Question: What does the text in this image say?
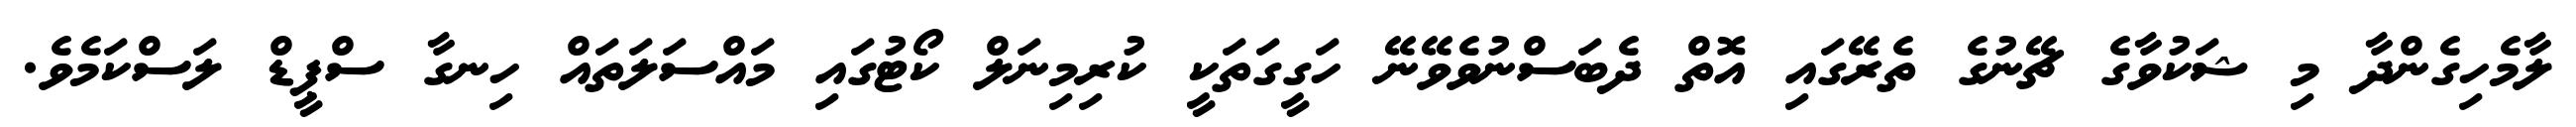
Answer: ލާމެހިގެންދާ މި ޝަކުވާގެ ޗޭނުގެ ތެރޭގައި އޮތް ދެބަސްނުވެވޭނޭ ހަގީގަތަކީ ކުރިމިނަލް ކޯޓުގައި މައްސަލަތައް ހިނގާ ސްޕީޑް ލަސްކަމެވެ.